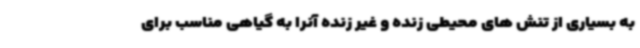
به بسیاری از تنش های محیطی زنده و غیر زنده آنرا به گیاهی مناسب برای